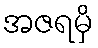
အဇရမှိ